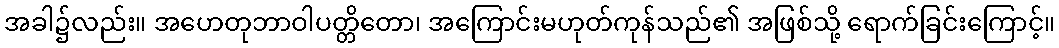
အခါ၌လည်း။ အဟေတုဘာဝါပတ္တိတော၊ အကြောင်းမဟုတ်ကုန်သည်၏ အဖြစ်သို့ ရောက်ခြင်းကြောင့်။